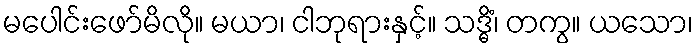
မပေါင်းဖော်မိလို။ မယာ၊ ငါဘုရားနှင့်။ သဒ္ဓိံ၊ တကွ။ ယသော၊